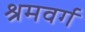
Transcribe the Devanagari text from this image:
श्रमवर्ग